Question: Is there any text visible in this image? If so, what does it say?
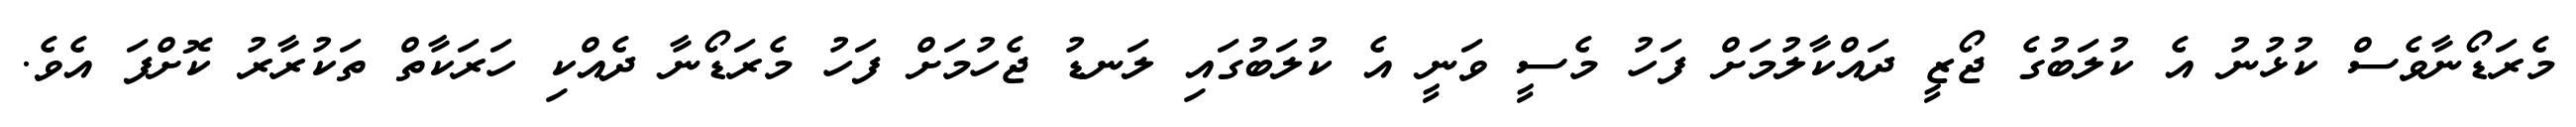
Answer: މެރަޑޯނާވެސް ކުޅުނު އެ ކުލަބުގެ ޖޯޒީ ދައްކާލުމަށް ފަހު މެސީ ވަނީ އެ ކުލަބުގައި ލަނޑު ޖެހުމަށް ފަހު މެރަޑޯނާ ދެއްކި ހަރަކާތް ތަކުރާރު ކޮށްފަ އެވެ.